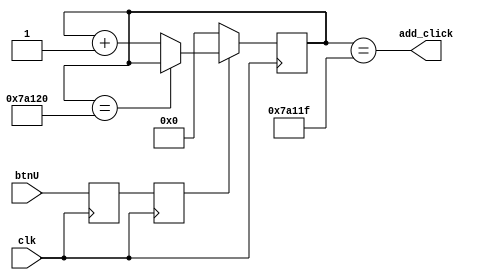
module debounce(clk, btnU, add_click);
input 		clk;
input 		btnU;
output		add_click;
reg		add_reg1;
reg		add_reg2;
reg [31:0]    	add_button_count;
wire    	add_button_done;
wire    	add_click;

parameter DEBOUNCE_DELAY = 32'd0_500_000;   /// 10nS * 1M = 10mS

always @(posedge clk)   add_reg1   <= btnU;
always @(posedge clk)   add_reg2  <= add_reg1;

assign                        add_button_done  = (add_button_count == DEBOUNCE_DELAY); 
assign                        add_click = (add_button_count == DEBOUNCE_DELAY - 1); 

always @(posedge clk) 
          if (!add_reg2)                    add_button_count <= 0;
          else if (add_button_done)         add_button_count <= add_button_count;
          else                              add_button_count <= add_button_count + 1;

endmodule